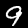
Label: 9